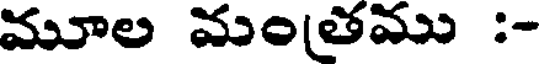
మూల మంతము :-